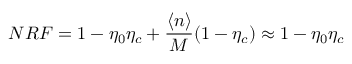
N R F = 1 - \eta _ { 0 } \eta _ { c } + \frac { \langle n \rangle } { M } ( 1 - \eta _ { c } ) \approx 1 - \eta _ { 0 } \eta _ { c }